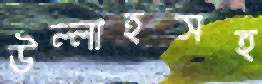
উল্লাহসহ